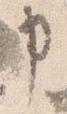
申